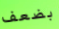
بضعف